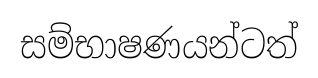
සම්භාෂණයන්ටත්